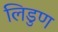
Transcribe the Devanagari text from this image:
लिडुण